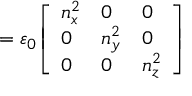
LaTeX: \mathbf { \varepsilon } = \varepsilon _ { 0 } { \left[ \begin{array} { l l l } { n _ { x } ^ { 2 } } & { 0 } & { 0 } \\ { 0 } & { n _ { y } ^ { 2 } } & { 0 } \\ { 0 } & { 0 } & { n _ { z } ^ { 2 } } \end{array} \right] }